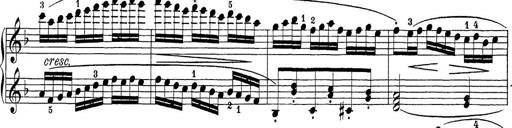
Title: Sonatina Album
Composer: Louis KÃ¶hler